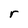
Character: r